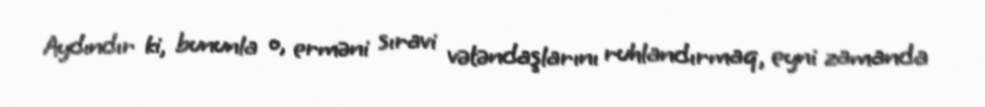
Aydındır ki, bununla o, erməni sıravi vətəndaşlarını ruhlandırmaq, eyni zamanda